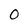
Character: 0